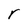
Character: r